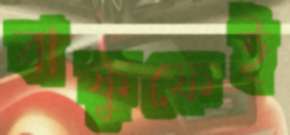
বাফুফেই